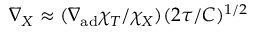
\nabla _ { X } \approx ( \nabla _ { \mathrm { a d } } \chi _ { T } / \chi _ { X } ) ( 2 \tau / C ) ^ { 1 / 2 }